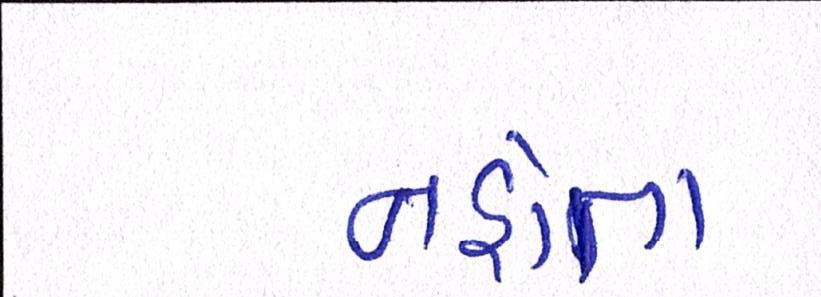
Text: નહોતા